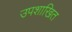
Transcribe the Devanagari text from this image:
उपशाखित